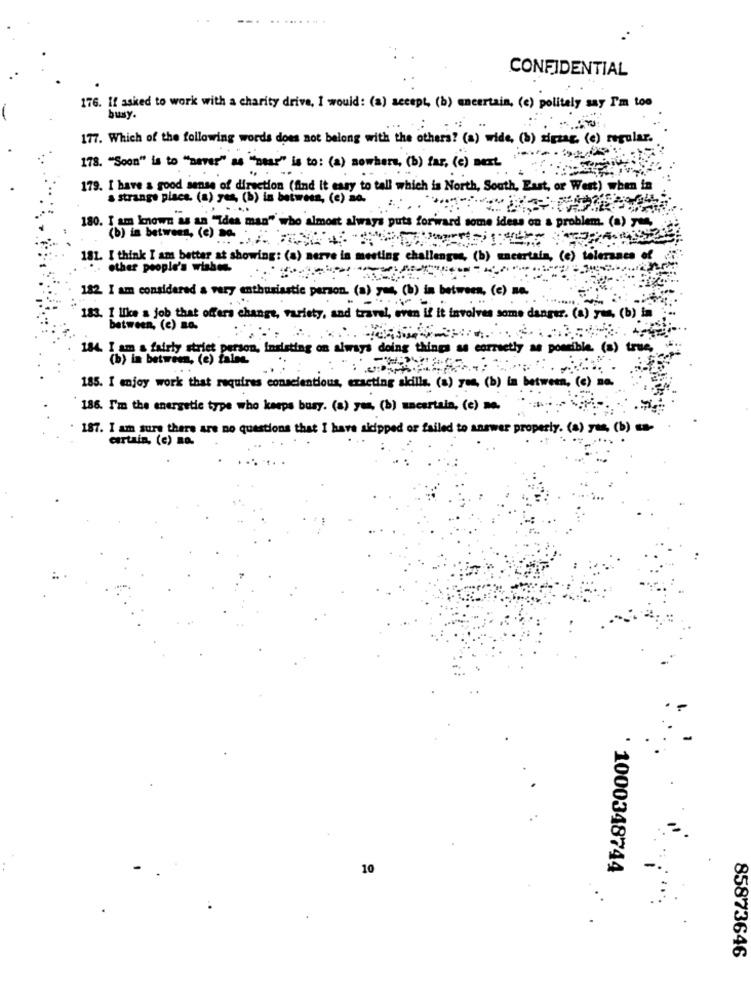
CONFIDENTIAL
176. If asked to work with a charity drive, I would: (a) accept, (b) uncertain, (e) politely say I'm too
busy.
177. Which of the following words does not belong with the others? (a) wide, (b) sigmar. (e) regular ..
178. "Soon" is to "never"s"wear" is to : (a) nowhere, (b) far, (e) next.
179. I have a good sense of direction (find It easy to tall which is North, South, East, or West) when in
a strange place. (a) yes, (b) is between, (e) no.
180. I am known as an "Idea man" who almost always puts forward some ideas on & problem. (a) yum
181. I think I am better at showing: (a) nerve in meeting challenge, (b) macertain, (c) tolerance
... other people's wishes.
182 I am considered a very enthusiastic person. (a) yes, (b) in between, (c) na.
183. I like a job that offers change, variety, and travel, even if it involves some danger. (a) yun, (b) in
between, (e) =0.
184. I am a fairly strict person, Insisting on always doing things as correctly as possible. (a) true,
(b) in between, (e) talee.
185. I enjoy work that requires conscientious, exacting skills. (s) you, (b) in between, (e) na.
186. I'm the energetic type who keeps busy. (s) yes, (b) uncertala, (c) no.
187. I am sure there are no questions that I have skipped or failed to answer properly. (a) yes, (b) na-
curtain, (c) na.
10
· 1000348744
85873646